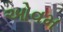
ઓવમ